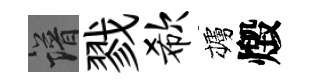
譜戮欷櫨燬